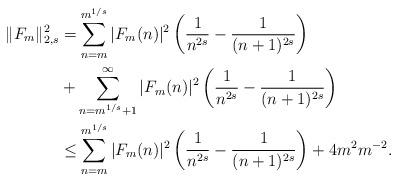
LaTeX: \begin{align*}\|F_m\|^2_{2,s} &= \sum_{n = m}^{m^{1/s}} |F_m(n)|^2 \left(\frac{1}{n^{2s}}-\frac{1}{(n+1)^{2s}}\right) \\ &+ \sum_{n = m^{1/s}+1}^{\infty} |F_m(n)|^2 \left(\frac{1}{n^{2s}}-\frac{1}{(n+1)^{2s}}\right) \\& \leq \sum_{n = m}^{m^{1/s}} |F_m(n)|^2 \left(\frac{1}{n^{2s}}-\frac{1}{(n+1)^{2s}}\right) + 4 m^2 m^{-2}.\end{align*}